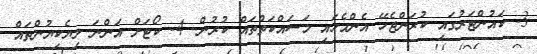
3- ކައުންޓަރުގައި ކުރަންޖެހޭ އެންމެހައި މަސައްކަތްތައް ކުރުން. 4- ކޯޓަށް އަންނަ ލިޔެކިޔުންތައް